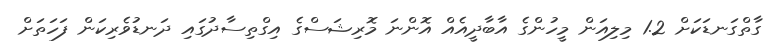
ގާތްގަނޑަކަށް 1.2 މިލިއަން މީހުންގެ އާބާދީއެއް އޮންނަ މޮރިޝަސްގެ އިގްތިސާދުގައި ދަނޑުވެރިކަން ފަހަތަށް